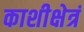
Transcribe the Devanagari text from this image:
काशीक्षेत्रं